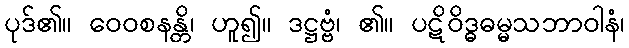
ပုဒ်၏။ ဝေဝစနန္တိ၊ ဟူ၍။ ဒဋ္ဌဗ္ဗံ၊ ၏။ ပဋိဝိဒ္ဓဓမ္မသဘာဝါနံ၊